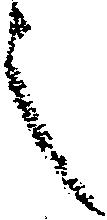
之